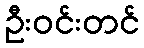
ဦးဝင်းတင်